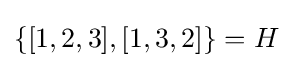
\{[1,2,3],[1,3,2]\}=H